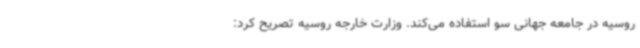
روسیه در جامعه جهانی سو استفاده می‌کند. وزارت خارجه روسیه تصریح کرد: